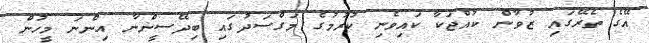
އޭގެ ތެރޭގައި ޒުވާން ކުއްޖަކާ ކައިވެނި ކުރުމުގެ މަގްސަދުގައި ބިދޭސީންނާ އިންނަ މީހުން